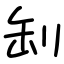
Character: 㓡